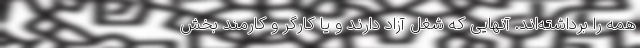
همه را برداشته‌اند. آنهایی که شغل آزاد دارند و یا کارگر و کارمند بخش